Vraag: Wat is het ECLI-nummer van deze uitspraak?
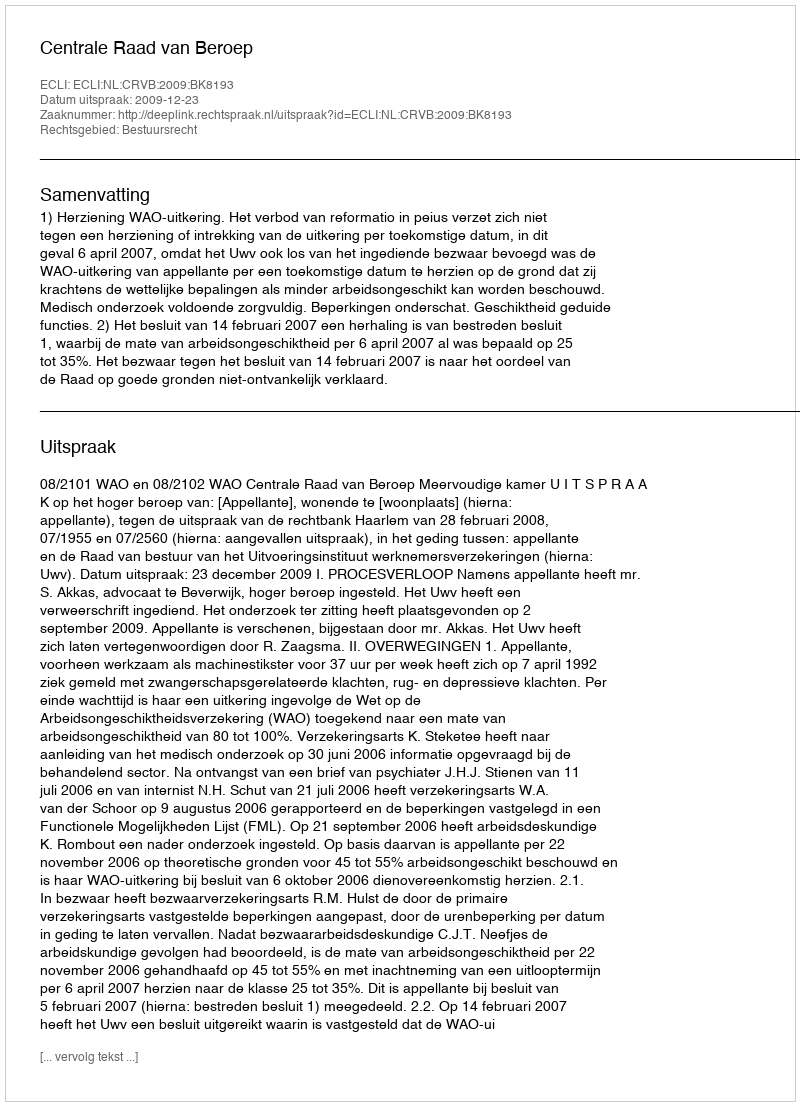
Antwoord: ECLI:NL:CRVB:2009:BK8193